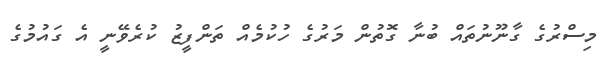
މިސްރުގެ ގާނޫނުތައް ބުނާ ގޮތުން މަރުގެ ހުކުމެއް ތަންފީޒު ކުރެވޭނީ އެ ގައުމުގެ